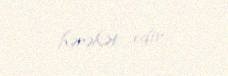
hərəkət edir.